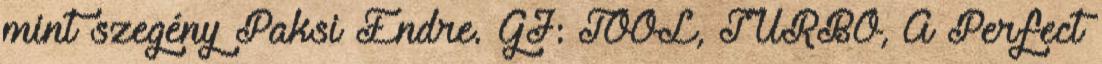
mint szegény Paksi Endre. GJ: TOOL, TURBO, A Perfect